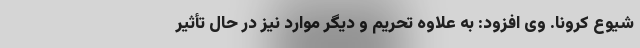
شیوع کرونا. وی افزود: به علاوه تحریم و دیگر موارد نیز در حال تأثیر